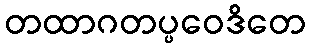
တထာဂတပ္ပဝေဒိတေ